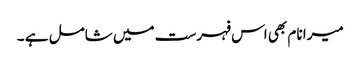
میرا نام بھی اس فہرست میں شامل ہے ۔